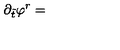
\partial _ { \tilde { t } } \varphi ^ { r } =